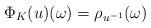
LaTeX: \begin{align*} \Phi_K(u)(\omega)= \rho_{u^{-1}}(\omega)\end{align*}